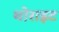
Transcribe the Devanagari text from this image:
थोराइट